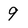
Character: 9